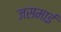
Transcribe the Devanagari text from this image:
जसमाई